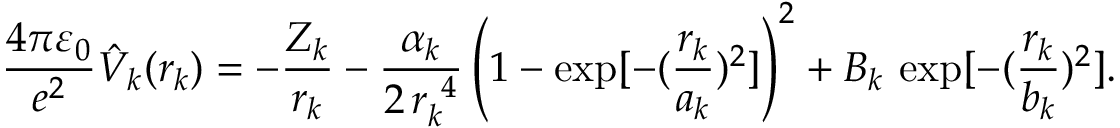
\frac { 4 \pi \varepsilon _ { 0 } } { e ^ { 2 } } \hat { V } _ { k } ( r _ { k } ) = - \frac { Z _ { k } } { r _ { k } } - \frac { \alpha _ { k } } { 2 \, r _ { k } ^ { ~ 4 } } \left( 1 - \exp [ - ( \frac { r _ { k } } { a _ { k } } ) ^ { 2 } ] \right) ^ { 2 } + B _ { k } \, \exp [ - ( \frac { r _ { k } } { b _ { k } } ) ^ { 2 } ] .